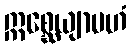
ဣစ္ဆေယျာမဟံ